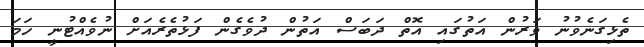
ތެޅިގަނެވުނު ވަރުން އަތުގައި އޮތް ދަބަސް އަތުން ދުވެގެން ފަޅުތެރެއަށް ނުވެއްޓުނީ ހަމަ